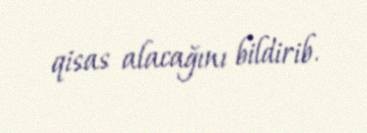
qisas alacağını bildirib.